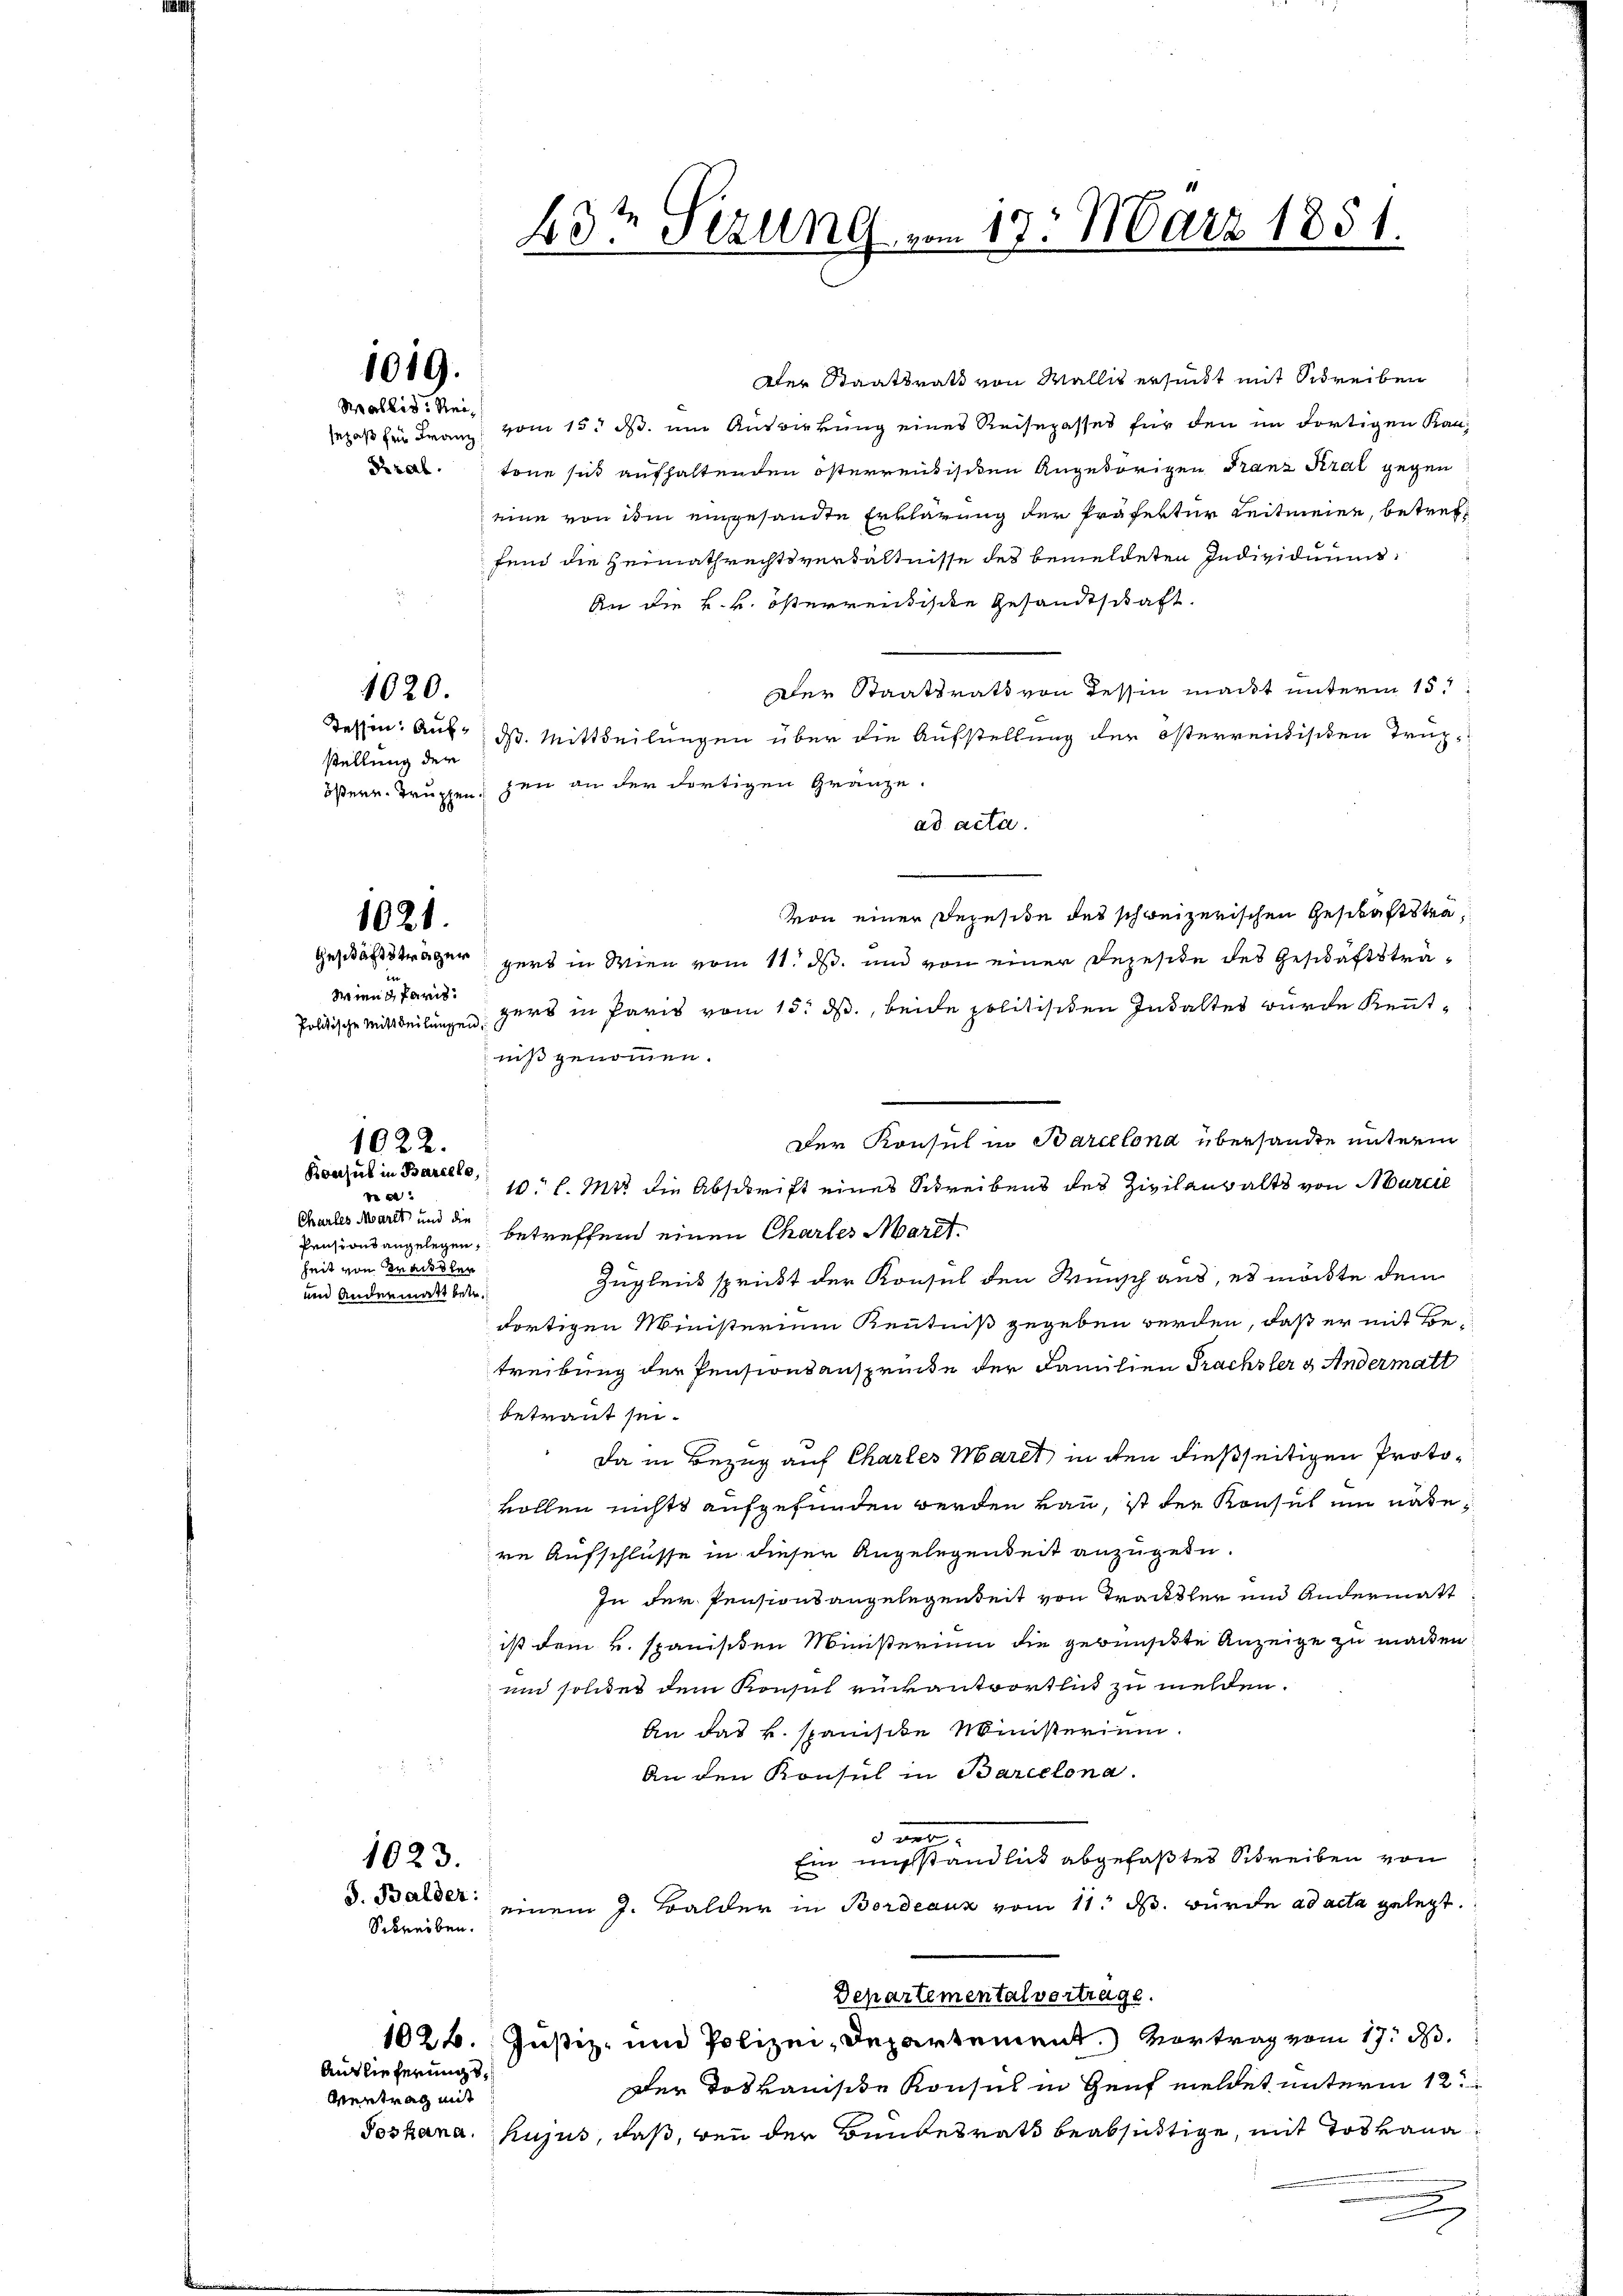
Aler Staatsrath von Wallis ersicht mit Schreiben
sepaß für Franz vom 15. ds. um Auswirkung eines Reisepasses für den im dortigen Kandtöne sich aufhaltenden österrentischen Angehörigen Franz Kral gegen
eine von dem eingesandte Erklärung der Präferter Leitmeien, betreffend die Heimathrechtsverhältnisse des bemeldeten Individuums
An die k. k. österrentische Gesandtschaft.
Der Staatsrath von Tessin macht unterm 15t
Kessen: Aus d. Mittheilungen über die Aufstellung der österreichischen Trup-
stellung der
östern. Truppenzen an der dortigen Gränze.
ad acta.
von einer Depesite des schweizerischen Geschäftstra¬
Geschäftsträger gers in Wien vom 11. ds. und von einer Rezesite des Geschäftsträ¬
Wien Paris.
gers in Paris vom 15. ds., beide politischen Inhaltes wurde Kennt¬
Politische Mittheilungen,
niß genommen.
Der Konsul in Barcelond übersandte unterm
10 l. Mts. die Abschrift eines Schreibens des Zivilanwalts von Martie
betreffend einen Chartes Mart.
Zugleich sprickt der Konsul den Wunsch aus, es möchte dem
dortigen Ministerium Kenntniß gegeben werden, daß er mit Betreibung der Pensionsansprücke der Familien Prachsler & Andermatt
betraut sei.
Da in Bezug auf Chartes Maret in den dießseitigen Protovollen nichts aufgefunden werden kann, ist der Konsul ein nähere Aufschlusse in dieser Angelegenheit anzugeben.
In der Pensionsangelegenheit von Trackther und andermatt
ist dem H. Spanisten Ministerium die gewünschte Anzeige zu machen
und solches dem Konsul rückantwortlich zu melden.
An das k. spanische Ministerium
An den Konsul in Barcelona.
 werde
Ein michständlich abgefaßtes Schreiben von
1023.
E
J. Balder:
einem J. Balder in Bordeaux vom 11. M. wurde ad acta gelegt.
Schreiben.
Schartementalvertrage.
1026. Justiz- und Polizei-Departement.) Vortrag vom 17. d.
Auslieferungs¬
Der dos kanische Konsul in Genf meldet unterm 12ten
Oentrag mit
Joskana. hujus, daß, bei der Bundesrath beabsichtige, mit Tod kana
x

Wallis, Rei¬

Konsul in Barcele,
de
Charles Markt und die
Prisionsangelegen,
heit von Traudler
und andermatt betr.

1019.

1020.

1021.

1022.

43t Sezung vom 17. März 1851.